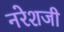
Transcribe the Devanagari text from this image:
नरेशजी